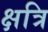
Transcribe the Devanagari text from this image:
क्षत्रि